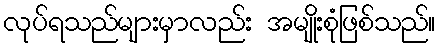
လုပ်ရသည်များမှာလည်း အမျိုးစုံဖြစ်သည်။